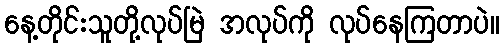
နေ့တိုင်းသူတို့လုပ်မြဲ အလုပ်ကို လုပ်နေကြတာပဲ။